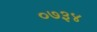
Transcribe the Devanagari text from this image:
०७३४